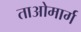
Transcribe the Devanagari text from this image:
ताओमार्ग